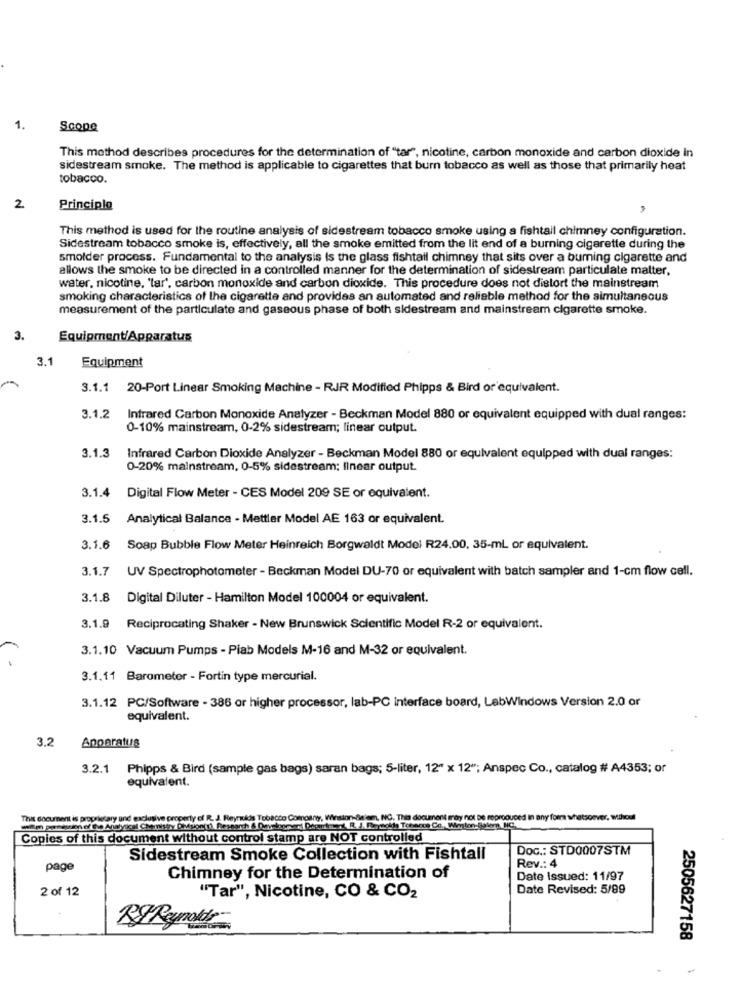
1.
Scope
This method describes procedures for the determination of "tar", nicotine, carbon monoxide and carbon dioxide In
sidestream smoke. The method is applicable to cigarettes that burn tobacco as well as those that primarily heat
tobacco.
2.
Principle
This method is used for the routine analysis of sidestream tobacco smoke using a fishtail chimney configuration.
Sidestream tobacco smoke is, effectively, all the smoke emitted from the lit end of a burning cigarette during the
smolder process. Fundamental to the analysis is the glass fishtail chimney that sits over a burning cigarette and
allows the smoke to be directed in a controlled manner for the determination of sidestream particulate matter.
water, nicotine, 'tar', carbon monoxide and carbon dioxide. This procedure does not distort the mainstream
smoking characteristics of the cigarette and provides an automated and reliable method for the simultaneous
measurement of the particulate and gaseous phase of both sidestream and mainstream cigarette smoke.
3.
Equipment/Apparatus
3.1
Equipment
3.1.1 20-Port Linear Smoking Machine - RJR Modified Phipps & Bird or equivalent.
3.1.2
Infrared Carbon Monoxide Analyzer - Beckman Model 880 or equivalent equipped with dual ranges:
0-10% mainstream, 0-2% sidestream; linear output.
3.1.3
Infrared Carbon Dioxide Analyzer - Beckman Model 880 or equivalent equipped with dual ranges:
0-20% mainstream, 0-5% sidestream; linear output.
3.1.4 Digital Flow Meter - CES Model 209 SE or equivalent.
3.1.5
Analytical Balance - Mettler Model AE 163 or equivalent.
3.1.6
Soap Bubble Flow Meter Heinreich Borgwaldt Model R24.00, 35-mL or equivalent.
3.1.7
UV Spectrophotometer - Beckman Model DU-70 or equivalent with batch sampler and 1-cm flow cell.
3.1.8
Digital Diluter - Hamilton Model 100004 or equivalent.
3.1.9
Reciprocating Shaker - New Brunswick Scientific Model R-2 or equivalent.
3.1.10 Vacuum Pumps - Piab Models M-16 and M-32 or equivalent.
3.1.11 Barometer - Fortin type mercurial.
3.1.12 PC/Software - 386 or higher processor, lab-PC interface board, LabWindows Version 2.0 or
equivalent.
3,2
Apparatus
3.2.1 Phipps & Bird (sample gas bags) saran bags; 5-liter, 12" x 12"; Anspec Co ., catalog # A4353; or
equivalent.
This document is proprietary and exclusive property of R. J. Reynolds Tobacco Comoany, Winston-Sieiem, INC. This document may not be reproduced in any form whatsoever, without
Copies of this document without control stamp are NOT controlled
Doc .: STD0007STM
Sidestream Smoke Collection with Fishtall
Rev .: 4
page
Chimney for the Determination of
Date issued: 11/97
2 of 12
Date Revised: 5/89
"Tar", Nicotine, CO & CO2
RIReynolds
2505627158